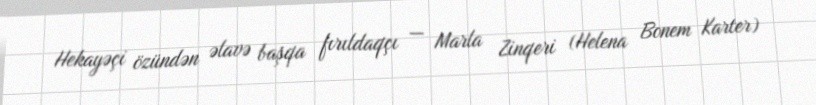
Hekayəçi özündən əlavə başqa fırıldaqçı — Marla Zinqeri (Helena Bonem Karter)